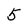
Character: 5